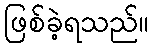
ဖြစ်ခဲ့ရသည်။